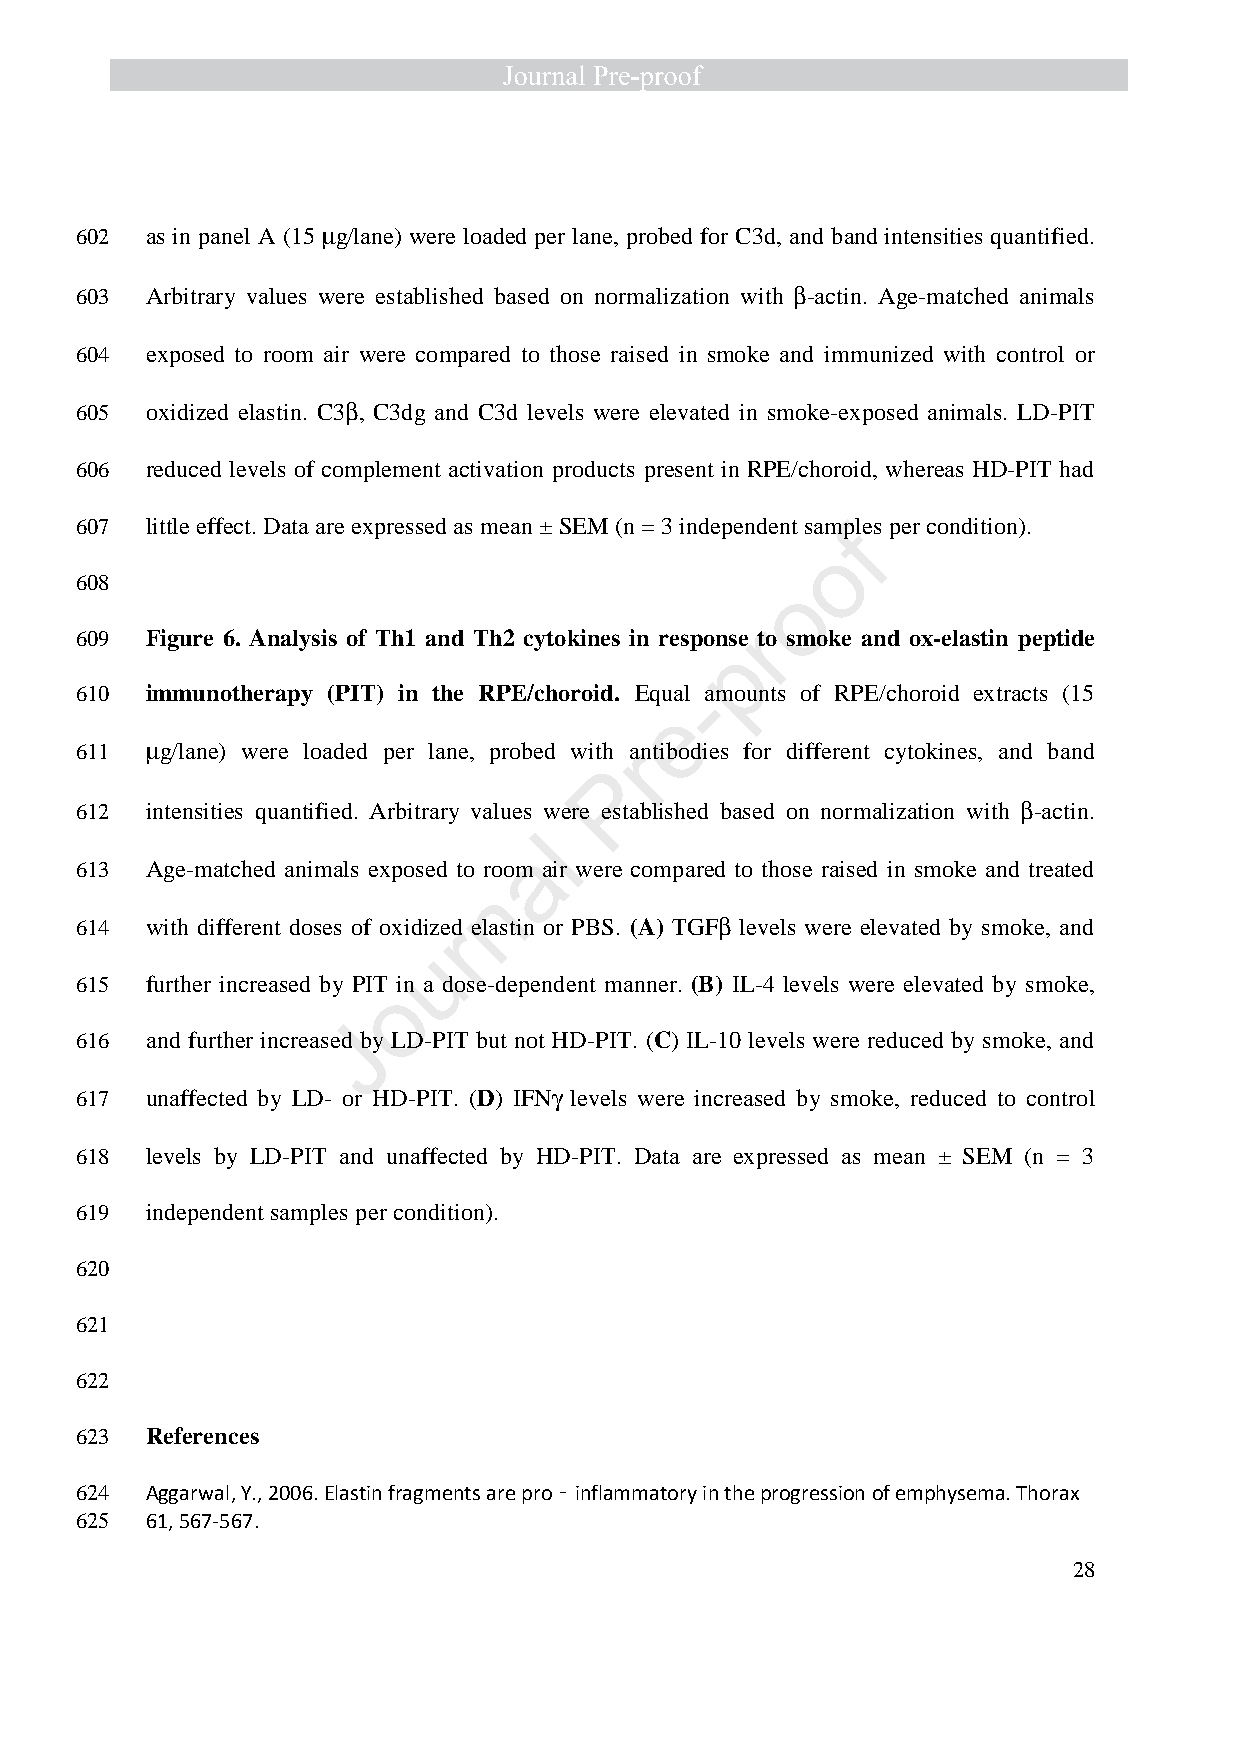
602  as in panel A (15 m g/lane) were loaded per lane, probed for C3d, and band intensities quantified.
 603  Arbitrary values were established based on normalization with b -actin. Age-matched animals
 604  exposed to room air were compared to those raised in smoke and immunized with control or
 605  oxidized elastin. C3b , C3dg and C3d levels were elevated in smoke-exposed animals. LD-PIT
 606  reduced levels of complement activation products present in RPE/choroid, whereas HD-PIT had
 607  little effect. Data are expressed as mean ± SEM (n = 3 independent samples per condition).
 f
 o
 608
 o
 r
 609  Figure 6. Analysis of Th1 and Th2 cytokines in response to smoke and ox-elastin peptide
 p
 610  immunotherapy (PIT) in the RPE/choroid. Equal -amounts of RPE/choroid extracts (15
 e
 611  m g/lane) were loaded per lane, probed with arntibodies for different cytokines, and band
 P
 612  intensities quantified. Arbitrary values were established based on normalization with b -actin.
 l
 a
 613  Age-matched animals exposed to room air were compared to those raised in smoke and treated
 n
 614  with different doses of oxidize rd elastin or PBS. (A) TGFb levels were elevated by smoke, and
 u
 615  further increased by PIT in a dose-dependent manner. (B) IL-4 levels were elevated by smoke,
 o
 J
 616  and further increased by LD-PIT but not HD-PIT. (C) IL-10 levels were reduced by smoke, and
 617  unaffected by LD- or HD-PIT. (D) IFNg levels were increased by smoke, reduced to control
 618  levels by LD-PIT and unaffected by HD-PIT. Data are expressed as mean ± SEM (n = 3
 619  independent samples per condition).
 620
 621
 622
 623  References
 624  Aggarwal, Y., 2006. Elastin fragments are pro‐inflammatory in the progression of emphysema. Thorax
 625  61, 567-567.
 28